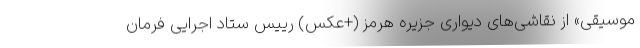
موسیقی» از نقاشی‌های دیواری جزیره هرمز (+عکس) رییس ستاد اجرایی فرمان